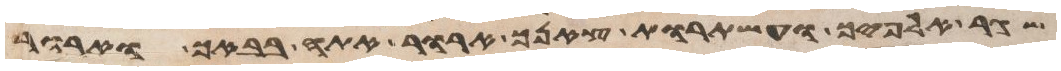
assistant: שגר אלפיך ועשתרות צאנך ארור אתה בבאך וארור